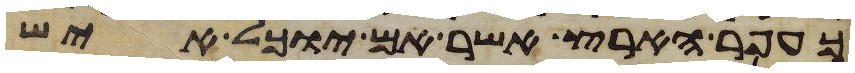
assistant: כעפר הארץ אשר אם יוכל איש